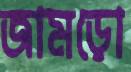
জামড়ো